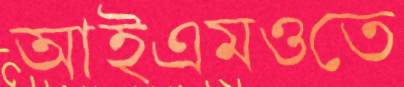
আইএমওতে